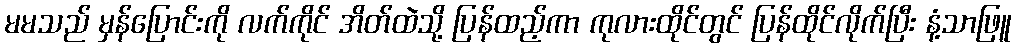
မမသည် မှန်ပြောင်းကို လက်ကိုင် အိတ်ထဲသို့ ပြန်ထည့်ကာ ကုလားထိုင်တွင် ပြန်ထိုင်လိုက်ပြီး နံ့သာဖြူ